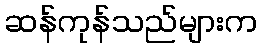
ဆန်ကုန်သည်များက